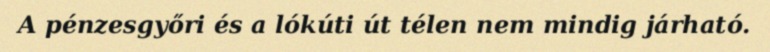
A pénzesgyőri és a lókúti út télen nem mindig járható.